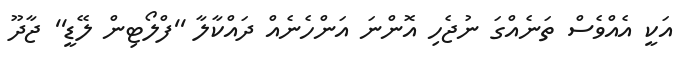
އަކީ އެއްވެސް ތަނެއްގަ ނުޖެހި އޮންނަ އަންހެނެއް ދައްކާލާ ''ފްލޯޓިން ލޭޑީ'' ޖާދޫ